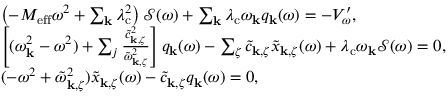
\begin{array} { r l } & { \left( - M _ { \mathrm { e f f } } \omega ^ { 2 } + \sum _ { \mathbf { k } } \lambda _ { \mathrm { c } } ^ { 2 } \right) \mathcal { S } ( \omega ) + \sum _ { \mathbf { k } } \lambda _ { \mathrm { c } } \omega _ { \mathbf { k } } q _ { \mathrm { \mathbf { k } } } ( \omega ) = - V _ { \omega } ^ { \prime } , } \\ & { \left[ ( \omega _ { \mathbf { k } } ^ { 2 } - \omega ^ { 2 } ) + \sum _ { j } \frac { \tilde { c } _ { \mathbf { k } , \zeta } ^ { 2 } } { \tilde { \omega } _ { \mathbf { k } , \zeta } ^ { 2 } } \right] q _ { \mathrm { \mathbf { k } } } ( \omega ) - \sum _ { \zeta } \tilde { c } _ { \mathbf { k } , \zeta } \tilde { x } _ { \mathbf { k } , \zeta } ( \omega ) + \lambda _ { \mathrm { c } } \omega _ { \mathbf { k } } \mathcal { S } ( \omega ) = 0 , } \\ & { ( - \omega ^ { 2 } + \tilde { \omega } _ { \mathbf { k } , \zeta } ^ { 2 } ) \tilde { x } _ { \mathbf { k } , \zeta } ( \omega ) - \tilde { c } _ { \mathbf { k } , \zeta } q _ { \mathrm { \mathbf { k } } } ( \omega ) = 0 , } \end{array}